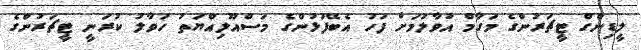
ލީޑިންގް ޓީޗަރުންގެ މަގާމް އުވާލުމަށް ފަހު އެބޭފުޅުންގެ މަސްއޫލިއްޔަތު ހަވާލު ކުރަނީ ޓީޗަރުންގެ